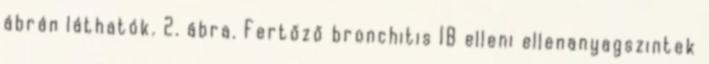
ábrán láthatók. 2. ábra. Fertőző bronchitis IB elleni ellenanyagszintek